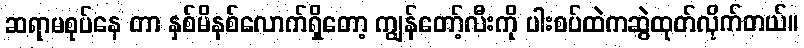
ဆရာမစုပ်နေ တာ နှစ်မိနစ်လောက်ရှိတော့ ကျွန်တော့်လီးကို ပါးစပ်ထဲကဆွဲထုတ်လိုက်တယ်။